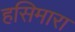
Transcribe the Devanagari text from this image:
हसिमारा